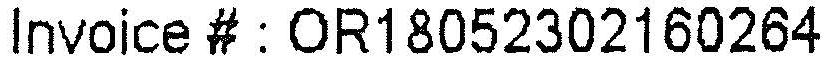
INVOICE # : OR18052302160264